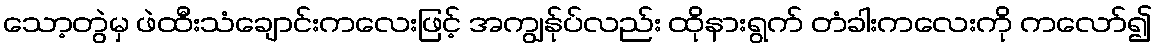
သော့တွဲမှ ဖဲထီးသံချောင်းကလေးဖြင့် အကျွန်ုပ်လည်း ထိုနားရွက် တံခါးကလေးကို ကလော်၍